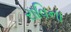
રાવિના